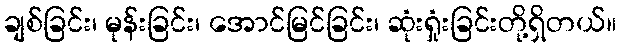
ချစ်ခြင်း၊ မုန်းခြင်း၊ အောင်မြင်ခြင်း၊ ဆုံးရှုံးခြင်းတို့ရှိတယ်။